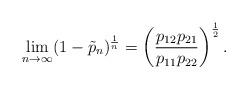
LaTeX: \begin{align*} \lim_{n\rightarrow\infty}(1-\tilde{p}_n)^{\frac{1}{n}}= \left(\frac{ p_{12}p_{21}}{p_{11}p_{22}}\right)^{\frac 12}.\end{align*}